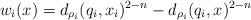
LaTeX: \begin{align*}w_i(x)= d_{\rho_i}(q_i, x_i)^{2- n}- d_{\rho_i}(q_i, x)^{2- n} \end{align*}